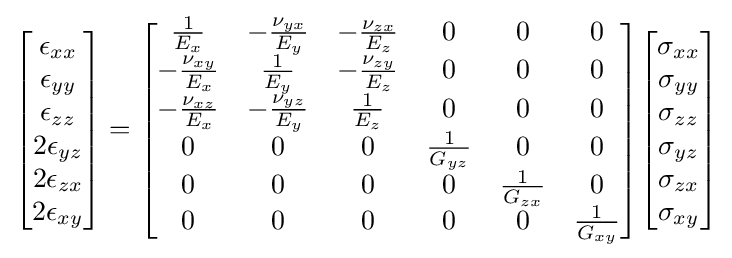
{\begin{bmatrix}\epsilon _{xx}\\\epsilon _{yy}\\\epsilon _{zz}\\2\epsilon _{yz}\\2\epsilon _{zx}\\2\epsilon _{xy}\end{bmatrix}}={\begin{bmatrix}{\tfrac {1}{E_{x}}}&-{\tfrac {\nu _{yx}}{E_{y}}}&-{\tfrac {\nu _{zx}}{E_{z}}}&0&0&0\\-{\tfrac {\nu _{xy}}{E_{x}}}&{\tfrac {1}{E_{y}}}&-{\tfrac {\nu _{zy}}{E_{z}}}&0&0&0\\-{\tfrac {\nu _{xz}}{E_{x}}}&-{\tfrac {\nu _{yz}}{E_{y}}}&{\tfrac {1}{E_{z}}}&0&0&0\\0&0&0&{\tfrac {1}{G_{yz}}}&0&0\\0&0&0&0&{\tfrac {1}{G_{zx}}}&0\\0&0&0&0&0&{\tfrac {1}{G_{xy}}}\\\end{bmatrix}}{\begin{bmatrix}\sigma _{xx}\\\sigma _{yy}\\\sigma _{zz}\\\sigma _{yz}\\\sigma _{zx}\\\sigma _{xy}\end{bmatrix}}